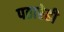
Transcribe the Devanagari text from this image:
पठारेही